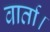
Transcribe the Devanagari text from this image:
वार्ता।